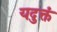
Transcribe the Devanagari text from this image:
यदुक्तं